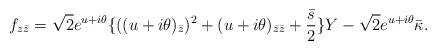
LaTeX: \begin{align*}f_{z\bar{z}} = \sqrt{2} e^{u + i \theta} \{ ( (u+i \theta)_{\bar{z}} )^2 + (u+i \theta)_{\bar{z} \bar{z}} +\frac{\bar{s}}{2} \} Y - \sqrt{2} e^{u + i \theta} \bar{\kappa}.\end{align*}